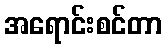
အရောင်းစင်တာ